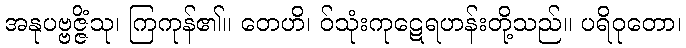
အနုပဗ္ဗဇ္ဇိံသု၊ ကြကုန်၏။ တေဟိ၊ ဝ်သုံးကုဋေရဟန်းတို့သည်။ ပရိဝုတော၊